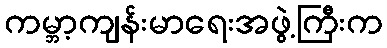
ကမ္ဘာ့ကျန်းမာရေးအဖွဲ့ကြီးက